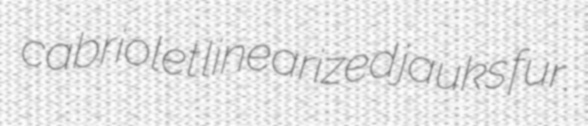
cabriolet linearized jauks fur.